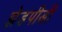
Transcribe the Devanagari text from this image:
झेडपीडी